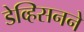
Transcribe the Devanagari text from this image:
डेव्हिसनने